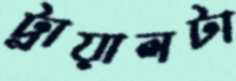
ট্রায়ালটা